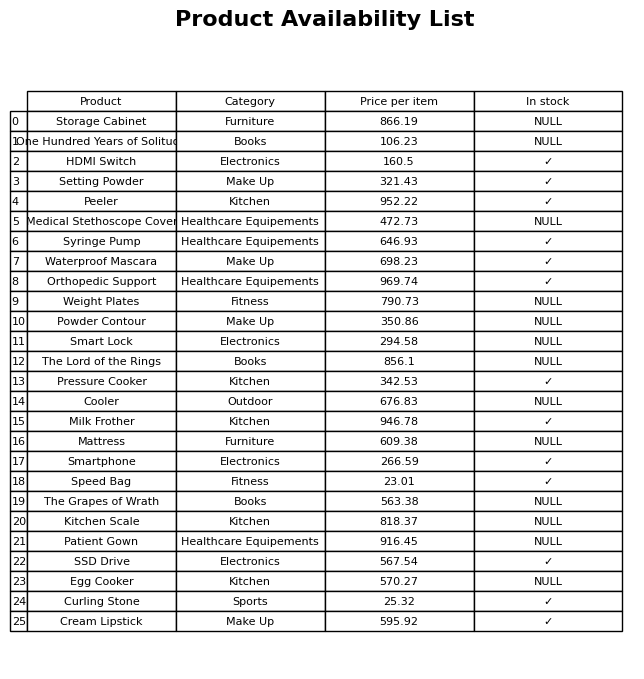
question: What is the price of the Milk Frother?
answer: The price of Milk Frother is 946.78.